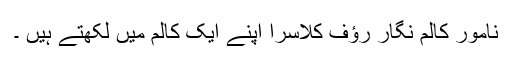
نامور کالم نگار رؤف کلاسرا اپنے ایک کالم میں لکھتے ہیں ۔